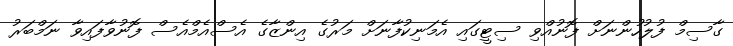
ގާސިމް ފުލުހުންނަށް ފޮނުއްވި ސިޓީގައި އެމަނިކުފާނަށް މަރުގެ އިންޒާގެ އެސްއެމްއެސް ފޮނުވާފައިވާ ނަމްބަރު